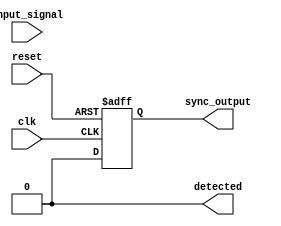
module dual_ff_detector (
    input wire input_signal,  // Primary input signal to be monitored
    input wire clk,           // Clock signal
    input wire reset,         // Reset signal
    output reg detected,      // Output signal indicating pattern detection
    output reg sync_output     // Synchronized output signal
);

    // Internal signals for the flip-flops
    reg ff1, ff2;             // Outputs of the two flip-flops

    // Parameter for the specific pattern to detect
    parameter PATTERN = 2'b11; // Example pattern, adjust as needed

    // Flip-Flops for sampling the input signal
    always @(posedge clk or posedge reset) begin
        if (reset) begin
            ff1 <= 1'b0;      // Reset FF1
            ff2 <= 1'b0;      // Reset FF2
        end else begin
            ff1 <= input_signal; // Sample input_signal in FF1
            ff2 <= ff1;          // Transfer FF1 output to FF2
        end
    end

    // Detection logic
    always @(*) begin
        if (ff1 == PATTERN && ff2 == PATTERN) begin
            detected = 1'b1;    // Pattern detected
        end else begin
            detected = 1'b0;    // Pattern not detected
        end
    end

    // Synchronization of the detected signal
    always @(posedge clk or posedge reset) begin
        if (reset) begin
            sync_output <= 1'b0; // Reset sync_output
        end else begin
            sync_output <= detected; // Synchronize detected signal
        end
    end

endmodule